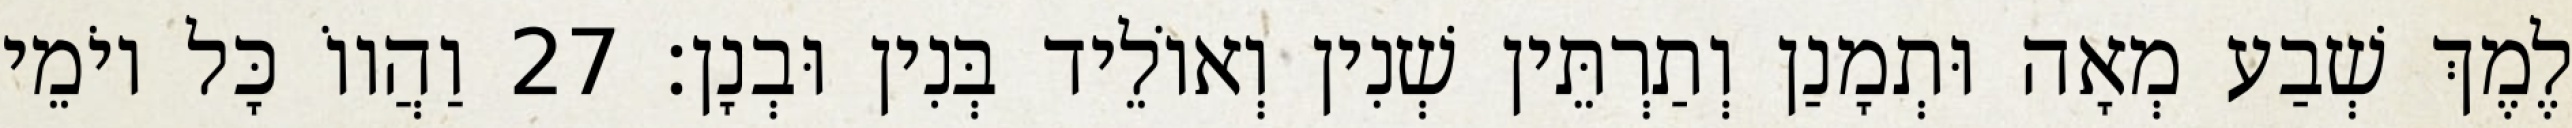
לֶמֶךְ שְׁבַע מְאָה וּתְמָנַן וְתַרְתֵּין שְׁנִין וְאוֹלֵיד בְּנִין וּבְנָן׃ 27 וַהֲווֹ כָּל יוֹמֵי